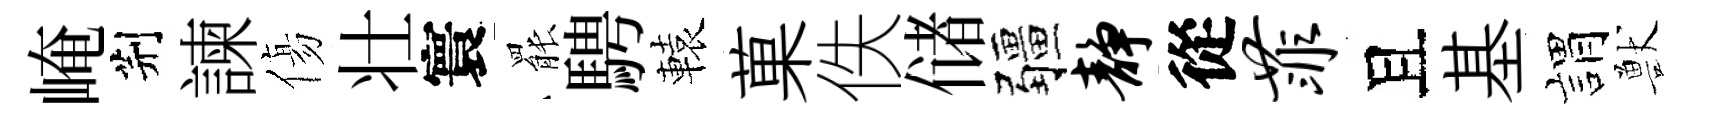
崦荆諫傷壮寰罷騁轅菓佚储疆静從菲且基娟獸